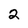
Character: 2